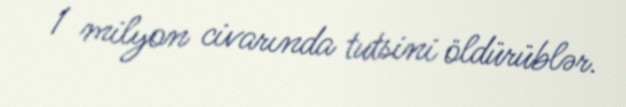
1 milyon civarında tutsini öldürüblər.